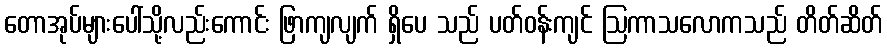
တောအုပ်များပေါ်သို့လည်းကောင်း ဖြာကျလျက် ရှိပေ သည် ပတ်ဝန်းကျင် ဩကာသလောကသည် တိတ်ဆိတ်